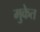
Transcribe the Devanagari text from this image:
मुकेत